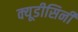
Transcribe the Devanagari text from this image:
क्यूडीसिनी